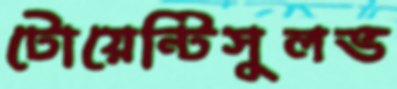
টোয়েন্টিসুলভ